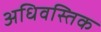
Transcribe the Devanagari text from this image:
अधिवस्तिक